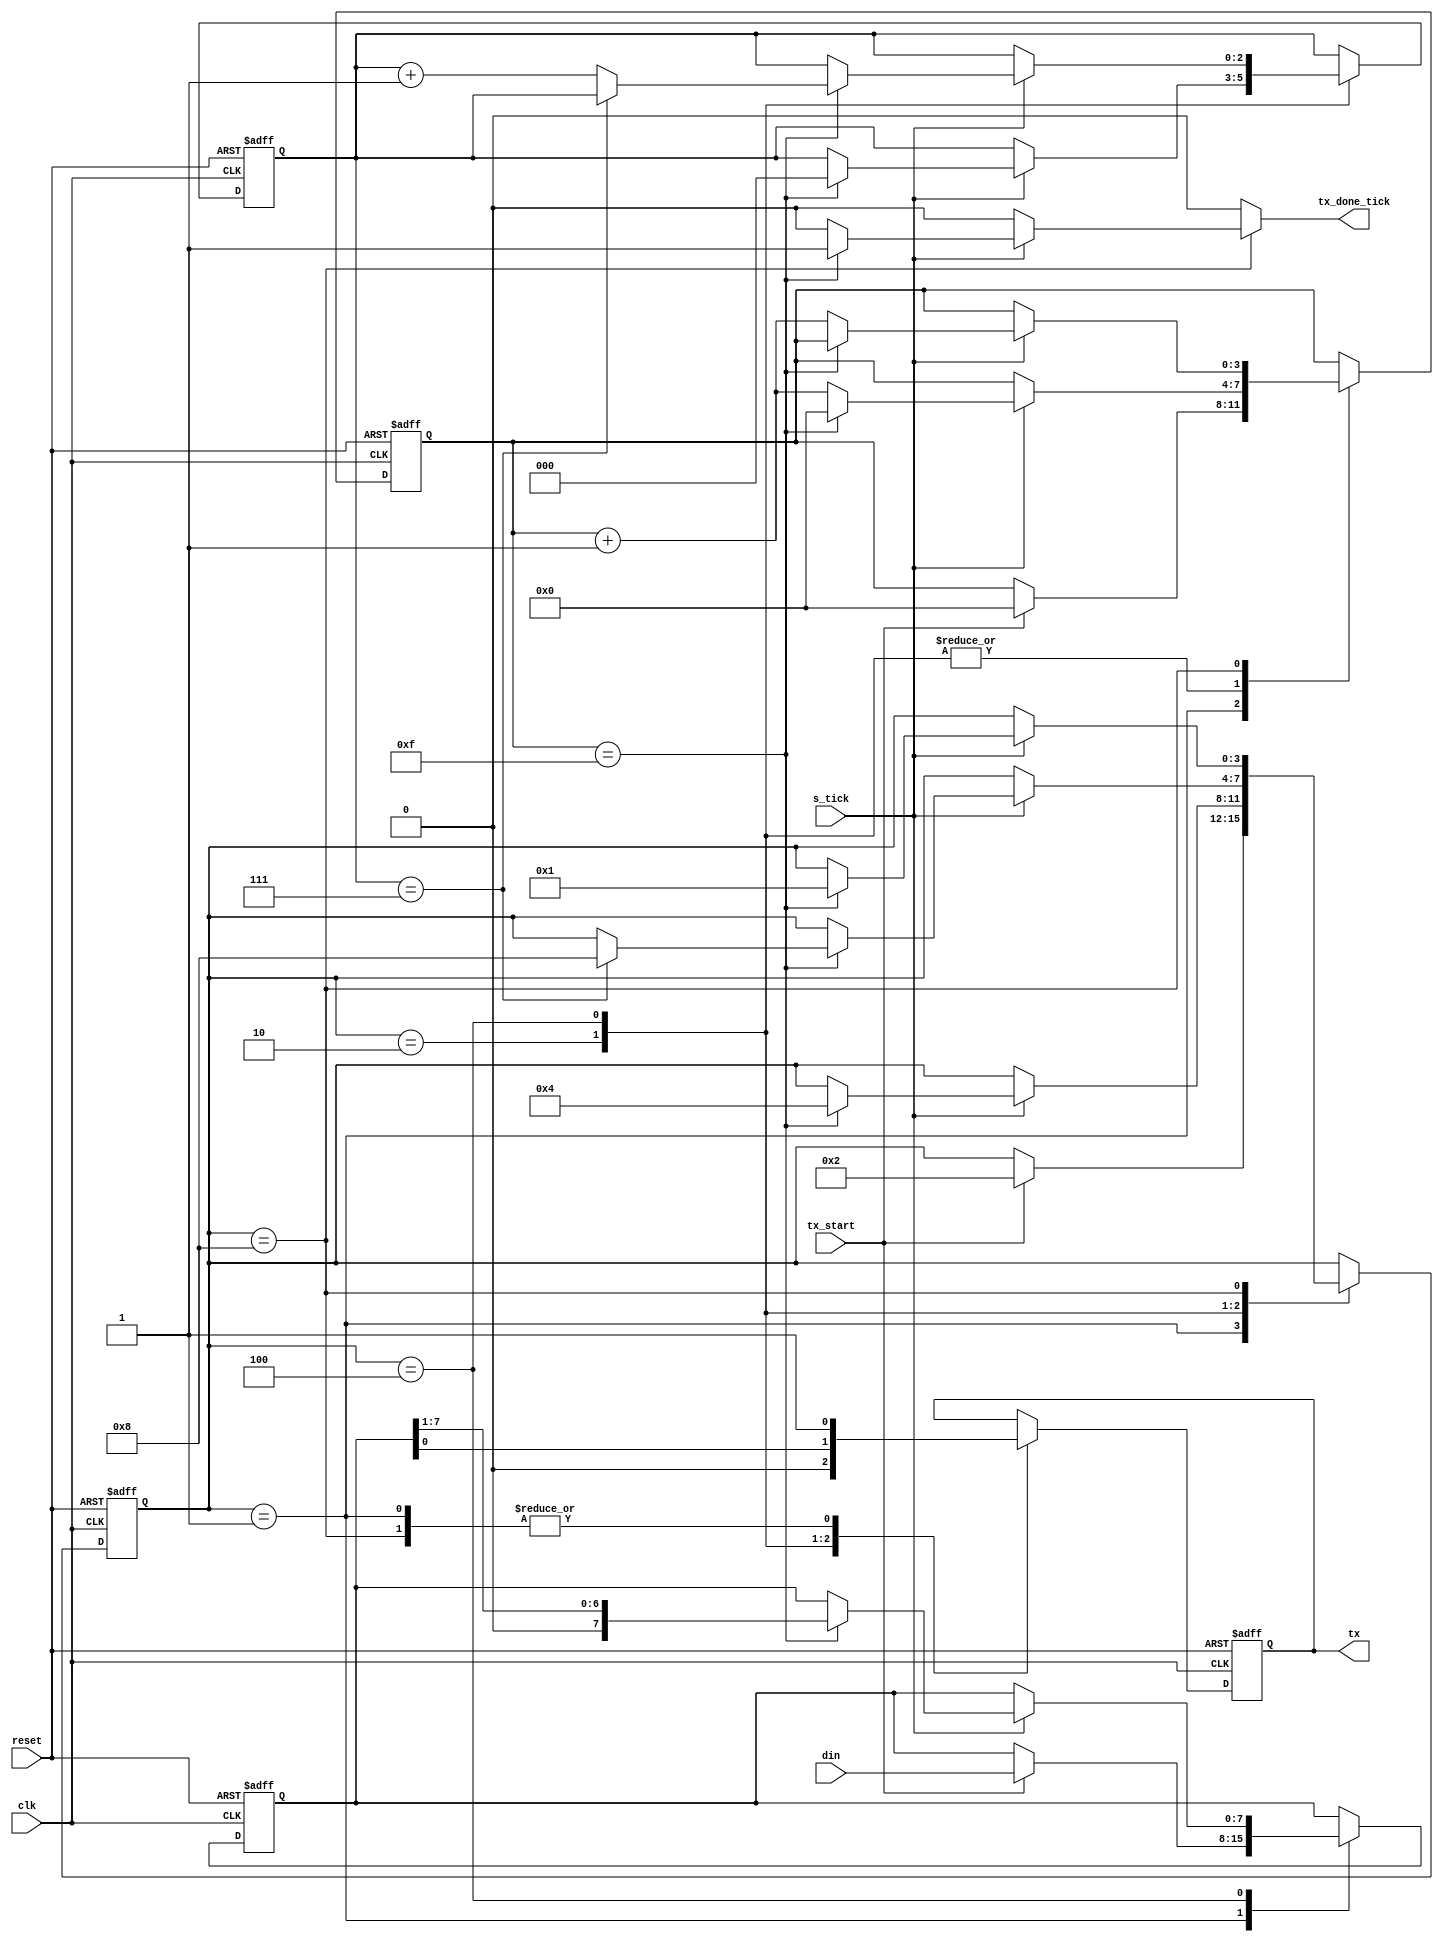
`timescale 1ns / 1ps
//////////////////////////////////////////////////////////////////////////////////
// Company: 
// Engineer: 
// 
// Design Name: 
// Module Name: Tx
// Project Name: 
// Target Devices: 
// Tool Versions: 
// Description: 
// 
// Dependencies: 
// 
// Revision:
// Revision 0.01 - File Created
// Additional Comments:
// 
//////////////////////////////////////////////////////////////////////////////////


module Tx#(parameter N = 8,     // # DBIT: n bits de dato
            M = 16  // # SB_TICK: n de ticks de bit stop
   )
(clk, reset, tx_start, s_tick, din, tx_done_tick, tx);
	
	// Entradas
	input wire clk, reset; // clk: clock de FPGA - reset: seal para resetear FSM
   input wire tx_start, s_tick;// tx_start: seal bit de inicio - s_tick_clk: clock de baud rate gen.
   input wire [7:0] din; // din: bits de datos recibidos en paralelo
   
	// Salidas
	output reg tx_done_tick;
   output wire tx;

   // Declaracion de estados
   localparam [3:0]
      idle  = 4'b0001,// esperando seal de inicio (START)
      start = 4'b0010,// transmitiendo bit de inicio (START)
      data  = 4'b0100,// trasmitiendo bits de datos
      stop  = 4'b1000;// trasmitiendo bit de STOP

   // Declaracion de seales con inicializacion en cada una
	reg [3:0] state, state_next=idle;// estados de 4 bits
   reg [3:0] s_reg, s_next=0; //s_reg: Tick counter -> cuenta los ticks desde el inicio, maxima cuenta 15(4 bits)
   reg [2:0] n_reg, n_next=0; //n_reg: data counter -> cuenta los bits de datos leidos, maxima cuenta 7(3 bits)
   reg [7:0] b_reg, b_next=0; //b_reg: registro de bits de datos (8 bits de datos)
   reg tx_reg, tx_next=1; // tx_reg: reg de seal de bit a trasmitir

   // Estados de la FSM & Resgistros de datos
   always @(posedge clk, posedge reset)
      if (reset)
         begin
            state <= idle;
            s_reg <= 0;
            n_reg <= 0;
            b_reg <= 0;
            tx_reg <= 1'b1;
         end
      else
         begin
            state <= state_next;
            s_reg <= s_next;
            n_reg <= n_next;
            b_reg <= b_next;
            tx_reg <= tx_next;
         end

  // Logica de siguiente estado
   always @*
   begin
      state_next = state;
      tx_done_tick = 1'b0;
      s_next = s_reg;
      n_next = n_reg;
      b_next = b_reg;
      tx_next = tx_reg ;
      case (state)
         idle:
            begin
               tx_next = 1'b1;
               if (tx_start)
                  begin
                     state_next = start;
                     s_next = 0;
                     b_next = din;
                  end
            end
         start:
            begin
               tx_next = 1'b0;
               if (s_tick)
                  if (s_reg==15)
                     begin
                        state_next = data;
                        s_next = 0;
                        n_next = 0;
                     end
                  else
                     s_next = s_reg + 1;
            end
         data:
            begin
               tx_next = b_reg[0];
               if (s_tick)
                  if (s_reg==15)
                     begin
                        s_next = 0;
                        b_next = b_reg >> 1;
                        if (n_reg==(N-1))
                           state_next = stop ;
                        else
                           n_next = n_reg + 1;
                     end
                  else
                     s_next = s_reg + 1;
            end
         stop:
            begin
               tx_next = 1'b1;
               if (s_tick)
                  if (s_reg==(M-1))
                     begin
                        state_next = idle;
                        tx_done_tick = 1'b1;
                     end
                  else
                     s_next = s_reg + 1;
            end
      endcase
   end
   
	// Logica de Salidas
   assign tx = tx_reg;


endmodule